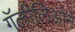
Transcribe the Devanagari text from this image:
गॅलीलिओने